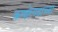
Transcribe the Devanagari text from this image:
कण्हेरगडाच्या